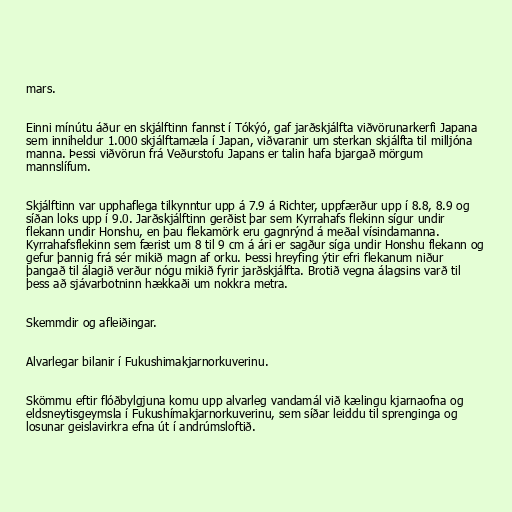
mars.

Einni mínútu áður en skjálftinn fannst í Tókýó, gaf jarðskjálfta viðvörunarkerfi Japana
sem inniheldur 1.000 skjálftamæla í Japan, viðvaranir um sterkan skjálfta til milljóna
manna. Þessi viðvörun frá Veðurstofu Japans er talin hafa bjargað mörgum
mannslífum.

Skjálftinn var upphaflega tilkynntur upp á 7.9 á Richter, uppfærður upp í 8.8, 8.9 og
síðan loks upp í 9.0. Jarðskjálftinn gerðist þar sem Kyrrahafs flekinn sígur undir
flekann undir Honshu, en þau flekamörk eru gagnrýnd á meðal vísindamanna.
Kyrrahafsflekinn sem færist um 8 til 9 cm á ári er sagður síga undir Honshu flekann og
gefur þannig frá sér mikið magn af orku. Þessi hreyfing ýtir efri flekanum niður
þangað til álagið verður nógu mikið fyrir jarðskjálfta. Brotið vegna álagsins varð til
þess að sjávarbotninn hækkaði um nokkra metra.

Skemmdir og afleiðingar.

Alvarlegar bilanir í Fukushimakjarnorkuverinu.

Skömmu eftir flóðbylgjuna komu upp alvarleg vandamál við kælingu kjarnaofna og
eldsneytisgeymsla í Fukushímakjarnorkuverinu, sem síðar leiddu til sprenginga og
losunar geislavirkra efna út í andrúmsloftið.